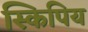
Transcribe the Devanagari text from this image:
स्किपिय